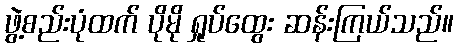
ဖွဲ့စည်းပုံထက် ပိုမို ရှုပ်ထွေး ဆန်းကြယ်သည်။